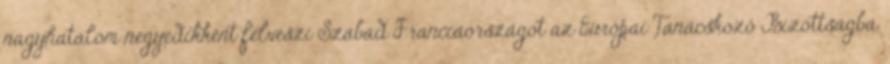
nagyhatalom negyedikként felveszi Szabad Franciaországot az Európai Tanácskozó Bizottságba.